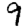
Digit: 9